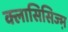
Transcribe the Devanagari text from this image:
क्लासिसिज्म़